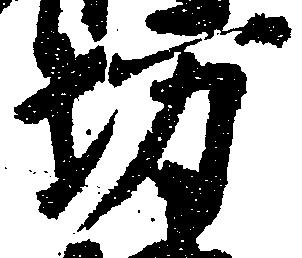
坊